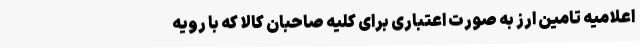
اعلامیه تامین ارز به صورت اعتباری برای کلیه صاحبان کالا که با رویه